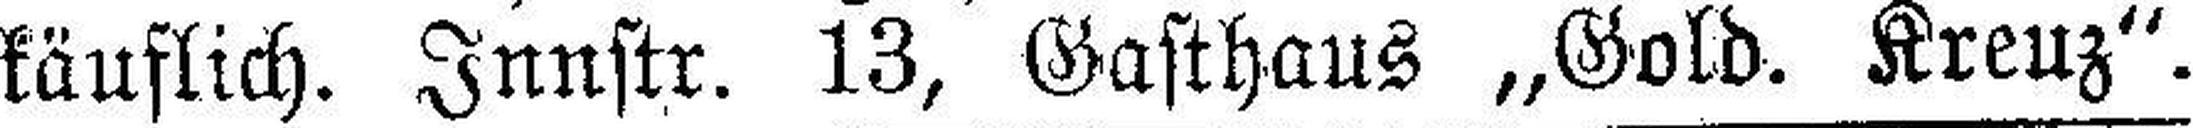
käuflich. Innstr. 13, Gasthaus „Gold. Kreuz“.